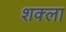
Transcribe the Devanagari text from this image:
शक्ला